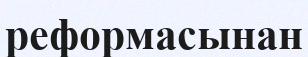
реформасынан